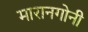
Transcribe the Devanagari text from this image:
मारानगोनी